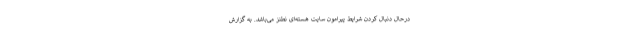
درحال دنبال کردن شرایط پیرامون سایت هسته‌ای نطنز می‌باشد. به گزارش